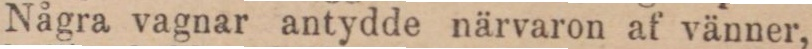
Några vagnar antydde närvaron af vänner,